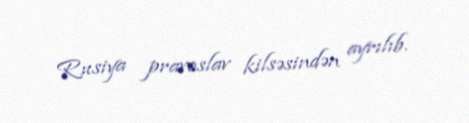
Rusiya pravoslav kilsəsindən ayrılıb.